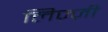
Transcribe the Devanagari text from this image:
लिज़्ज़ी